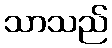
သာသည်